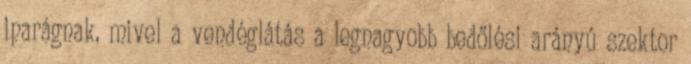
iparágnak, mivel a vendéglátás a legnagyobb bedőlési arányú szektor